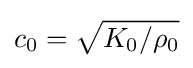
c_{0}={\sqrt {K_{0}/\rho _{0}}}